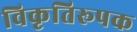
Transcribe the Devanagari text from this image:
विकृतिरूपक